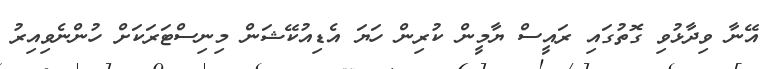
އޭނާ ވިދާޅުވި ގޮތުގައި ރައީސް ޔާމީން ކުރިން ހަޔަ އެޑިއުކޭޝަން މިނިސްޓަރަކަށް ހުންނެވިއިރު